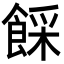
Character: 𩜓